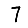
Digit: 7